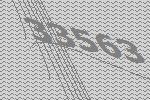
33563